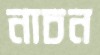
নাচন